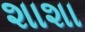
શાશા